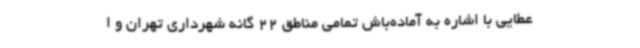
عطایی با اشاره به آماده‌باش تمامی مناطق 22 گانه شهرداری تهران و ا